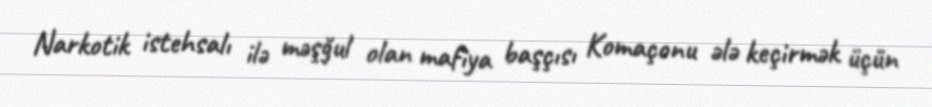
Narkotik istehsalı ilə məşğul olan mafiya başçısı Komaçonu ələ keçirmək üçün